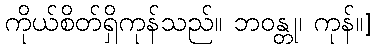
ကိုယ်စိတ်ရှိကုန်သည်။ ဘဝန္တု၊ ကုန်။]